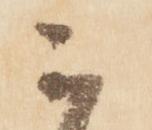
云